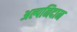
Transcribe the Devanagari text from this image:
अल्पनिदान